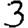
Digit: 3